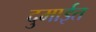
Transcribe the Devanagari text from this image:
दुमाईत